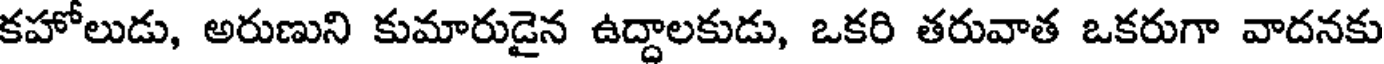
కహోలుడు, అరుణుని కుమారుడైన ఉద్దాలకుడు, ఒకరి తరువాత ఒకరుగా వాదనకు